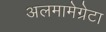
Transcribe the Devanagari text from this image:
अलमामेग्रेटा